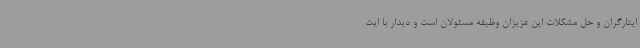
ایثارگران و حل مشکلات این عزیزان وظیفه مسئولان است و دیدار با ایث